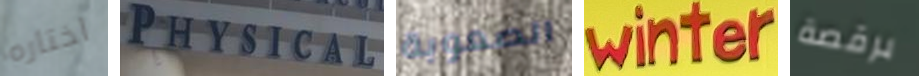
اختاره PHYSICAL الصعوبة winter برقصة